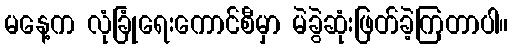
မနေ့က လုံခြုံရေးကောင်စီမှာ မဲခွဲဆုံးဖြတ်ခဲ့ကြတာပါ။